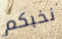
نخبكم